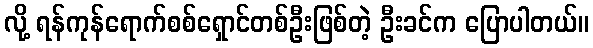
လို့ ရန်ကုန်ရောက်စစ်ရှောင်တစ်ဦးဖြစ်တဲ့ ဦးခင်က ပြောပါတယ်။